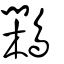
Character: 鷴